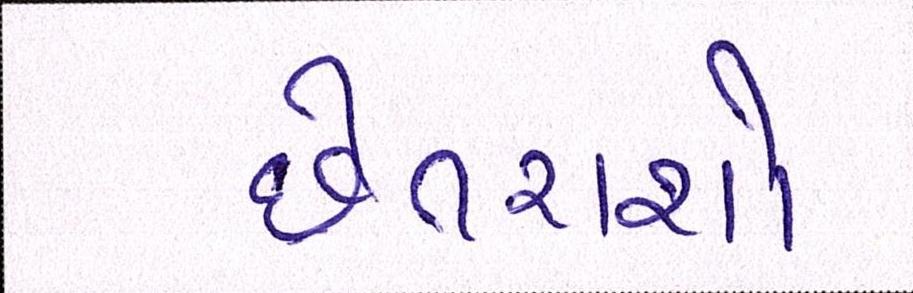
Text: છેતરાશો